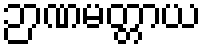
ဉာဏမတ္တာယ